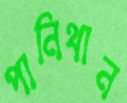
পানিথান